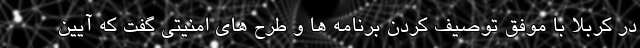
در کربلا با موفق توصیف کردن برنامه ها و طرح های امنیتی گفت که آیین